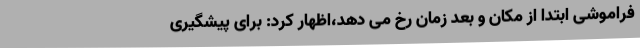
فراموشی ابتدا از مکان و بعد زمان رخ می دهد،اظهار کرد: برای پیشگیری